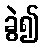
ခွဲ၍